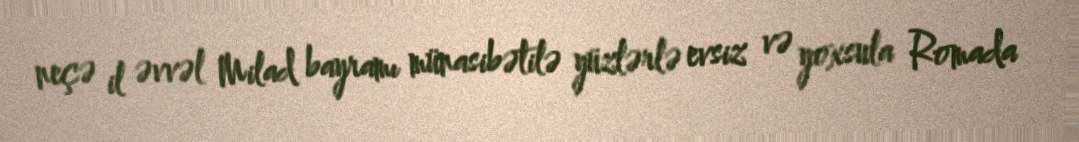
neçə il əvvəl Milad bayramı münasibətilə yüzlərlə evsiz və yoxsula Romada